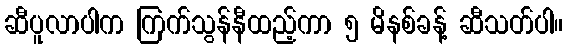
ဆီပူလာပါက ကြက်သွန်နီထည့်ကာ ၅ မိနစ်ခန့် ဆီသတ်ပါ။